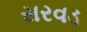
સરવડ